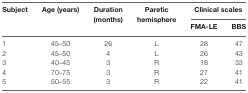
<table><thead><tr><td rowspan="2"><b>Subject</b></td><td rowspan="2"><b>Age (years)</b></td><td rowspan="2"><b>Duration (months)</b></td><td rowspan="2"><b>Paretic hemisphere</b></td><td colspan="2"><b>Clinical scales</b></td></tr><tr><td><b>FMA-LE</b></td><td><b>BBS</b></td></tr></thead><tbody><tr><td>1</td><td>45–50</td><td>26</td><td>L</td><td>28</td><td>47</td></tr><tr><td>2</td><td>45–50</td><td>4</td><td>L</td><td>26</td><td>43</td></tr><tr><td>3</td><td>40–45</td><td>3</td><td>R</td><td>18</td><td>33</td></tr><tr><td>4</td><td>70–75</td><td>3</td><td>R</td><td>27</td><td>41</td></tr><tr><td>5</td><td>50–55</td><td>3</td><td>R</td><td>22</td><td>41</td></tr></tbody></table>